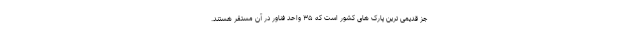
جز قدیمی ترین پارک های کشور است که ۳۵ واحد فناور در آن مستقر هستند.